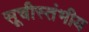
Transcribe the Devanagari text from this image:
सूचीस्तंभीय